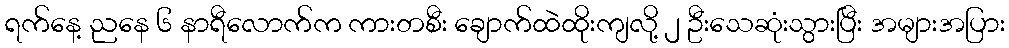
ရက်နေ့ ညနေ ၆ နာရီလောက်က ကားတစီး ချောက်ထဲထိုးကျလို့ ၂ ဦးသေဆုံးသွားပြီး အများအပြား